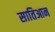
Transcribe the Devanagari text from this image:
सातिआन